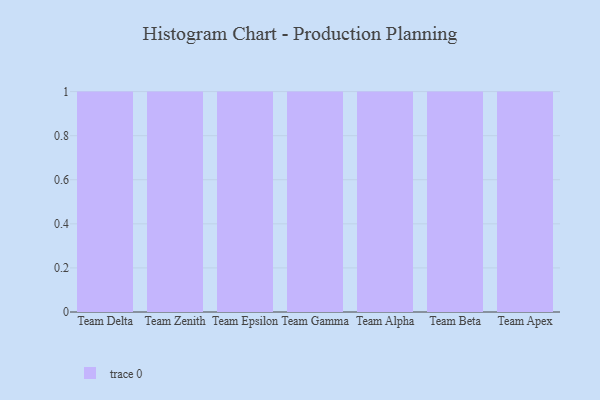
{"axis": {"x": "Team", "y": "Latency (ms)"}, "legend": [""], "data": [{"x": "Team Delta", "y": 7, "type": ""}, {"x": "Team Zenith", "y": 37, "type": ""}, {"x": "Team Epsilon", "y": 48, "type": ""}, {"x": "Team Gamma", "y": 8, "type": ""}, {"x": "Team Alpha", "y": 81, "type": ""}, {"x": "Team Beta", "y": 93, "type": ""}, {"x": "Team Apex", "y": 65, "type": ""}]}